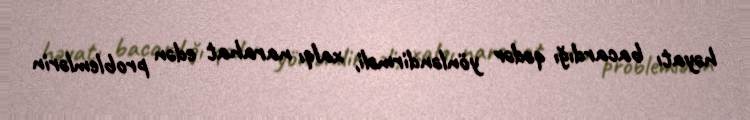
həyatı bacardığı qədər yönləndirməli, xalqı narahat edən problemlərin